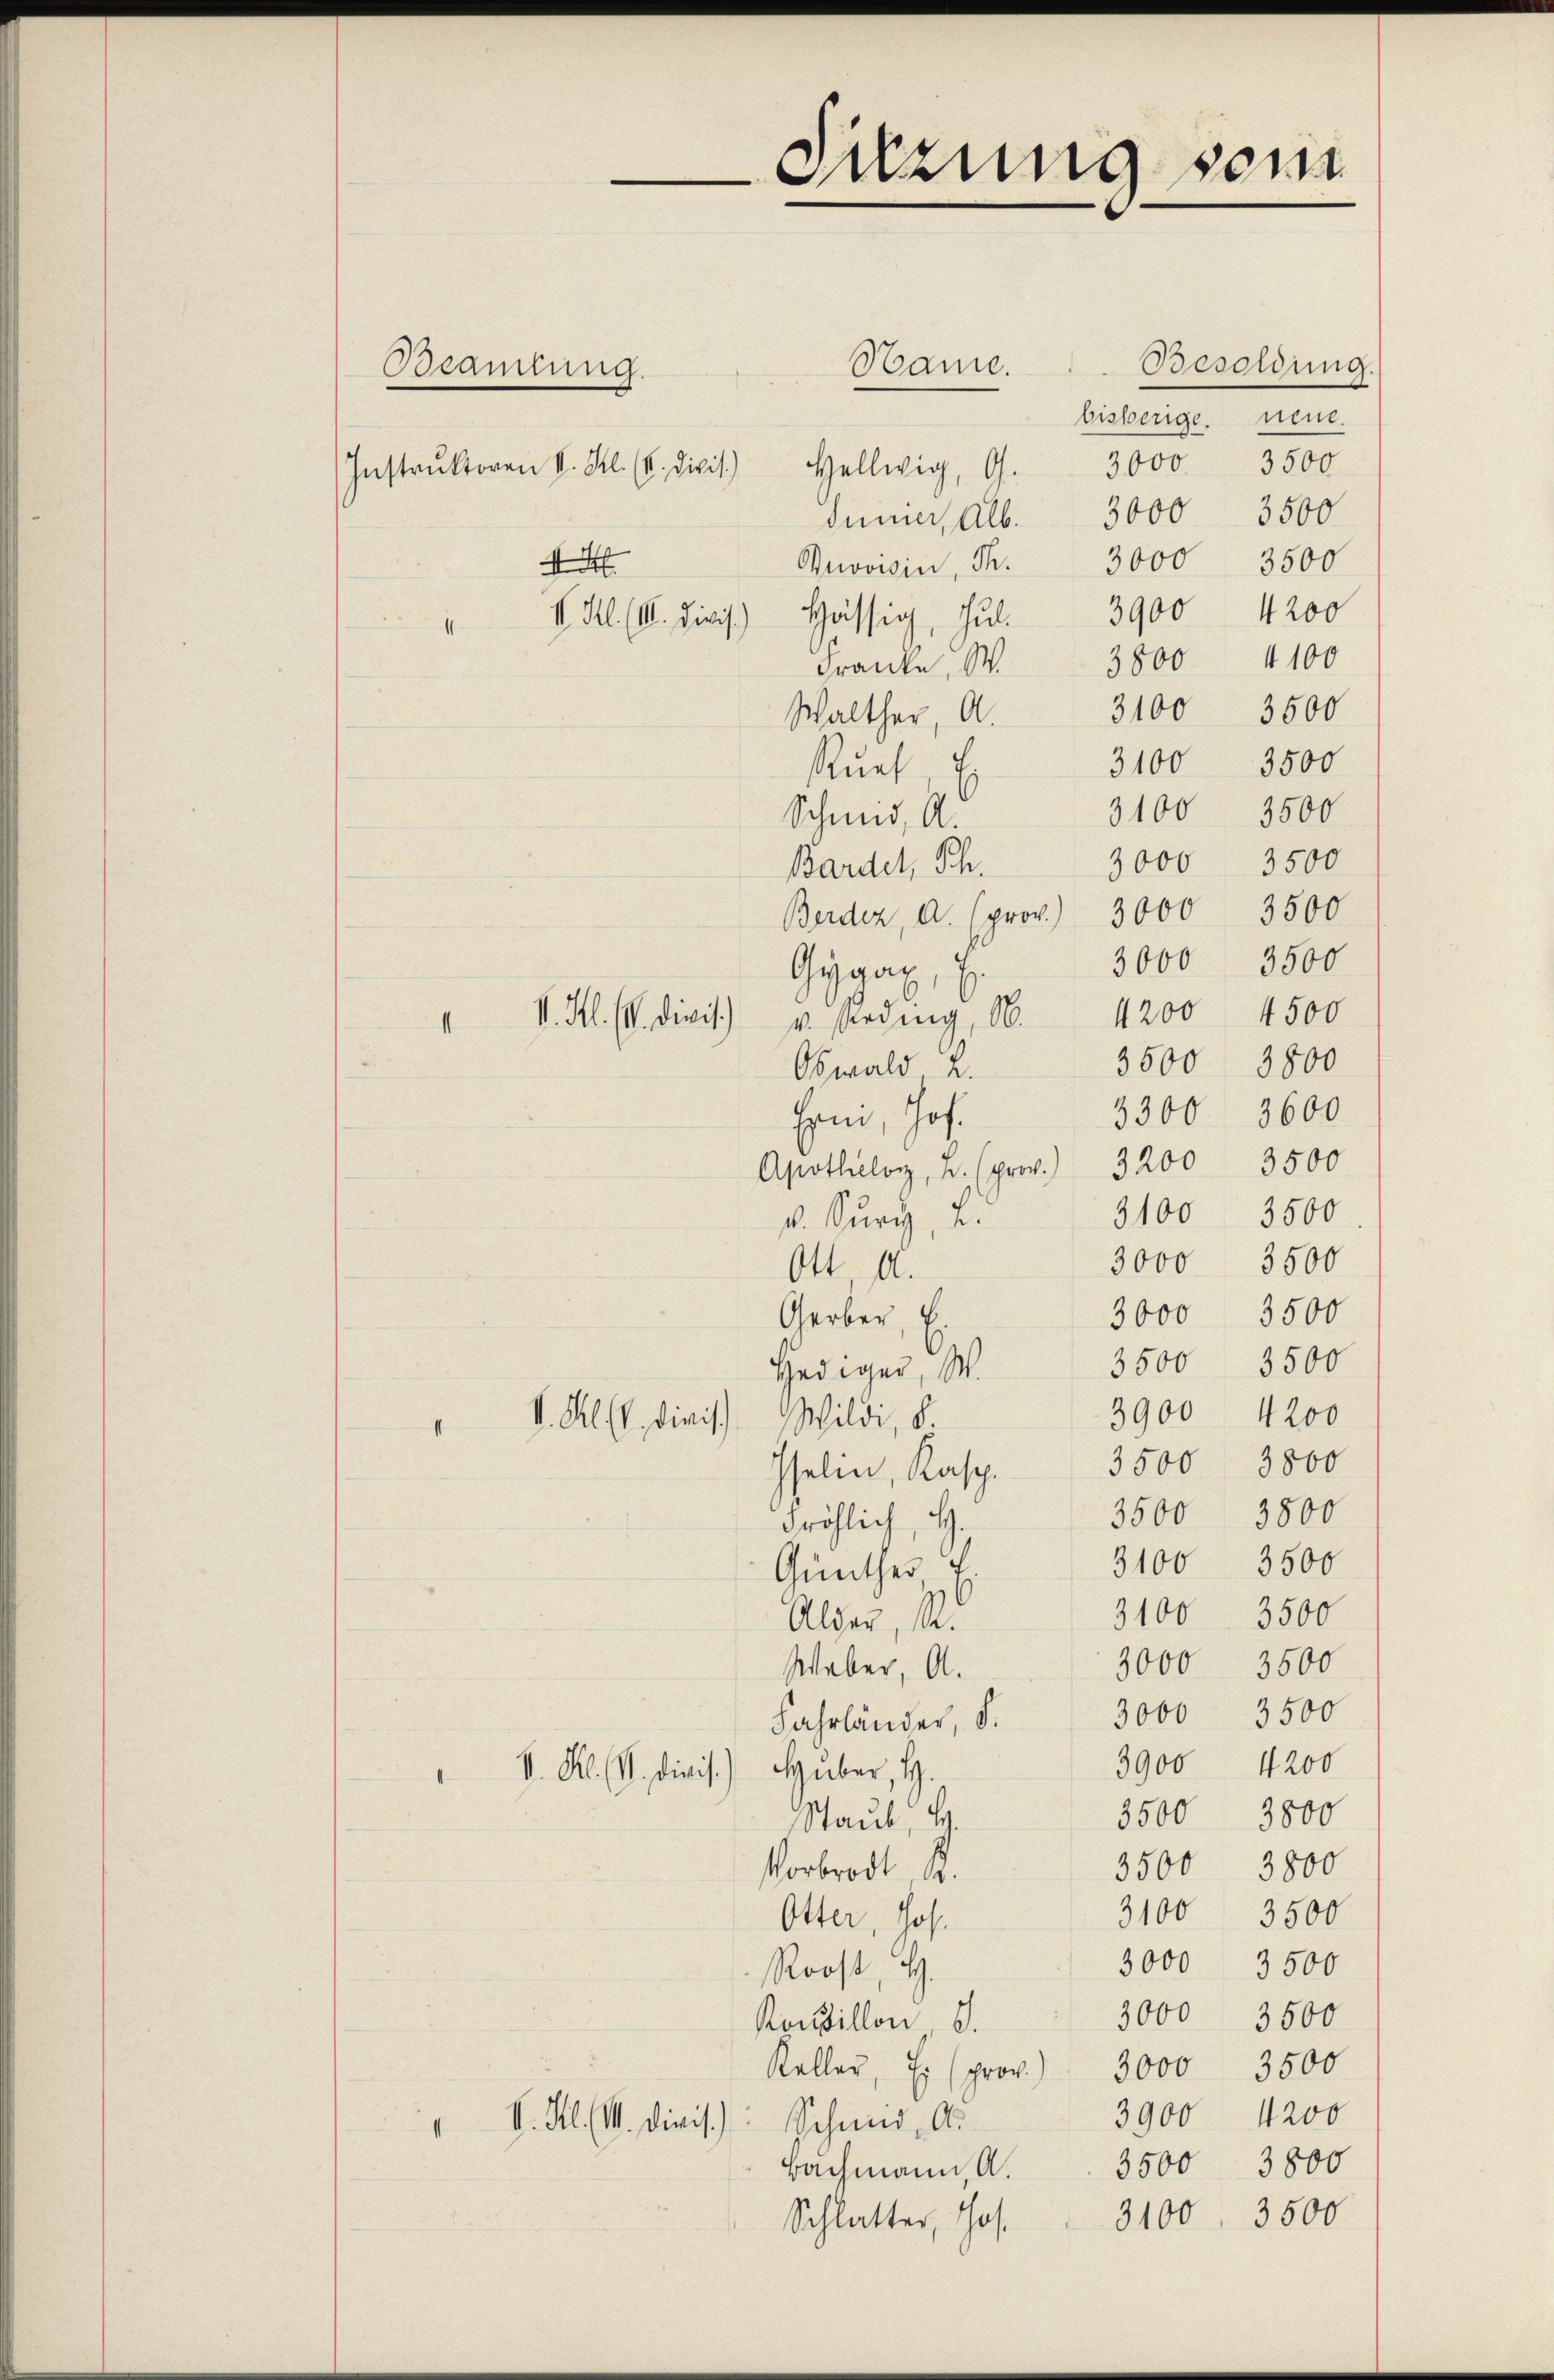
Hame. Besoldung.
bisberige neue.
Instrŭktoren v. Kl. (v. Divis. Hellwig, G. 3000. 3500
3500
3000
dünner, Alb.
3000
3500
4
Grvoisin, Th.
V Kl. (III. Divis. Hässig, Jul. 3900 4200
3800 4100
Franke. W
3100. 3500
Walther, A.
3100. 3500
Ruef
3500
3100
Schmid, A.
3000 3500
Bardel, Sch.
3500
Berdez, A. (prov. 3000
3500
3000
Gygal
3500 3800
Obwald u.
3300 3600
Ern, Joh.
Apother B. (pro. 3200 3500
3100 3500
d. Surg, S.
3000 3500
Ott A.
3000 3500
Gerber, v
3500 3500
Hediger, W.
3900 4200
 I. Kl. Divis. Wildi, d
3500 3800
Iselin, Kasp.
3800
3500
dröhlich, G.
3100. 3500
Günther
3100 3500
Alder, S.
3000 3500
Weber, A.
3000. 3500
Fahrländer, S.
3900 4200
V. Kl. VI. Divis.) Huber, H.
3500 3800
Staub, H.
3500 3800
Verbrodt K.
3100
3500
Otter, Jos.
3000
3500
Roost, H.
3000 3500
Kondillon S.
Keller, Ei (prov. 3000 3500
3900 1200
1 V. Kl. M. dieis. Schmid, A.
3500 3800
Bachmann, A.
Schlatter, Jos. 3100. 3500

Beamtung.

izung sein

" V. Kl. (V. Divis. v. Beding, 1. 4200. 4500